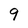
Character: 9